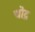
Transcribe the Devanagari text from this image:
चॊद्र